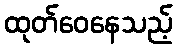
ထုတ်ဝေနေသည့်